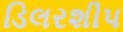
ડિલરશીપ